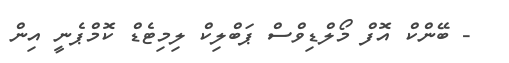
- ބޭންކް އޮފް މޯލްޑިވްސް ޕަބްލިކް ލިމިޓެޑް ކޮމްޕެނީ އިން